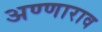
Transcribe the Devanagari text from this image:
अण्णाराव